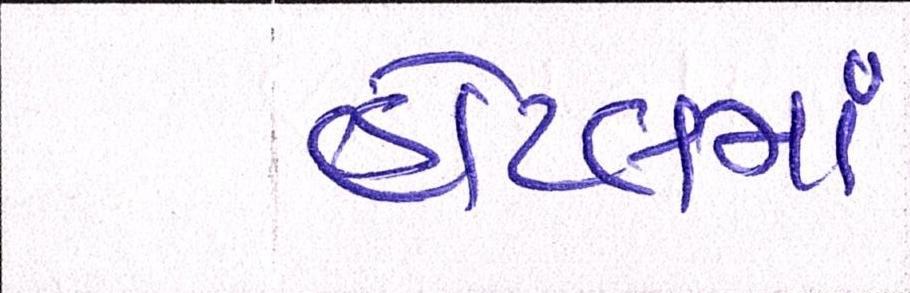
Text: હોટલમાં